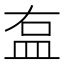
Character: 𥁓